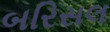
બરિસલ